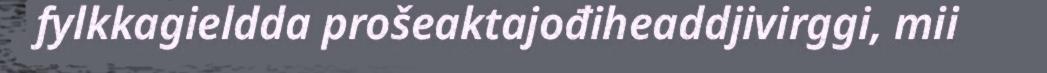
fylkkagieldda prošeaktajođiheaddjivirggi, mii